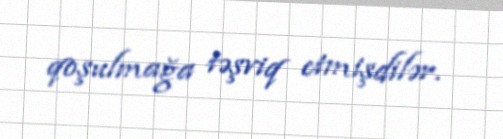
qoşulmağa təşviq etmişdilər.